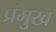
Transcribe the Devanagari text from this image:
प्रंमुख